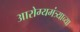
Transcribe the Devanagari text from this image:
आरोग्यमंत्र्याच्या